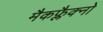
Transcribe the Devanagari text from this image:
मैकफ्लैक्नो